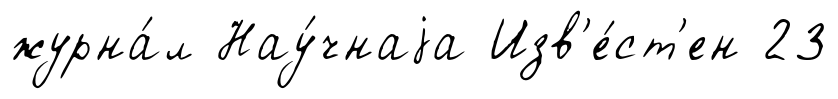
журна́л Нау́чнаjа Изв'е́ст'ен 23